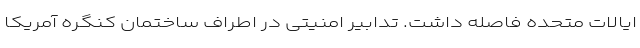
ایالات متحده فاصله داشت. تدابیر امنیتی در اطراف ساختمان کنگره آمریکا